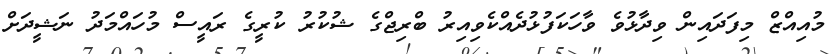
މުއިއްޒް މިފަދައިން ވިދާޅުވެ ވާހަކަފުޅުދެއްކެވިއިރު ބްރިޖްގެ ޝުކުރު ކުރީގެ ރައީސް މުހައްމަދު ނަޝީދަށް